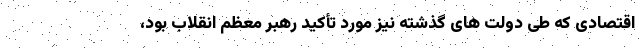
اقتصادی که طی دولت های گذشته نیز مورد تأکید رهبر معظم انقلاب بود،